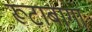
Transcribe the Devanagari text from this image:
रूटाबागा